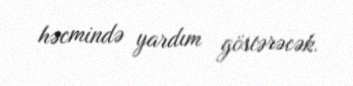
həcmində yardım göstərəcək.